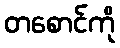
တစောင်ကို